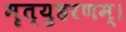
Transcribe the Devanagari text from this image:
मृत्युहरणम्‌।